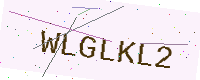
Text: WLGLKL2